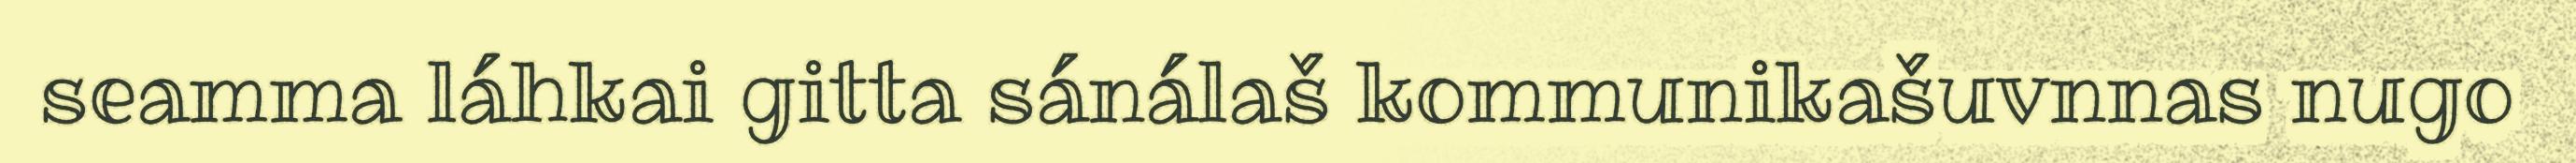
seamma láhkai gitta sánálaš kommunikašuvnnas nugo